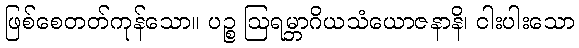
ဖြစ်စေတတ်ကုန်သော။ ပဉ္စ ဩရမ္ဘာဂိယသံယောဇနာနိ၊ ငါးပါးသော